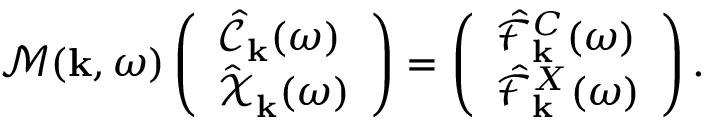
\mathcal { M } ( { \bf k } , \omega ) \left( \begin{array} { l } { \hat { \mathcal { C } } _ { \bf k } ( \omega ) } \\ { \hat { \mathcal { X } } _ { \bf k } ( \omega ) } \end{array} \right) = \left( \begin{array} { l } { \hat { \mathcal { F } } _ { { \bf k } } ^ { C } ( \omega ) } \\ { \hat { \mathcal { F } } _ { { \bf k } } ^ { X } ( \omega ) } \end{array} \right) .